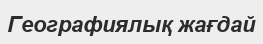
Географиялық жағдай